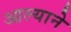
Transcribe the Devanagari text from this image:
आल्‍याने